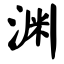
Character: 渊